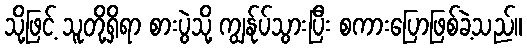
သို့ဖြင့် သူတို့ရှိရာ စားပွဲသို့ ကျွန်ုပ်သွားပြီး စကားပြောဖြစ်ခဲ့သည်။